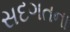
સદગતના